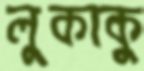
লুকাকু